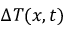
\Delta T ( x , t )